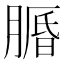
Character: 𦟕